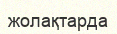
жолақтарда